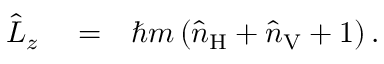
\begin{array} { r l r } { \hat { L } _ { z } } & { { } = } & { \hbar m \left( \hat { n } _ { \mathrm { H } } + \hat { n } _ { \mathrm { V } } + 1 \right) . } \end{array}